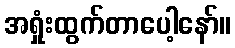
အရှုံးထွက်တာပေါ့နော်။